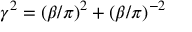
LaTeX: \gamma ^ { 2 } = ( \beta / \pi ) ^ { 2 } + ( \beta / \pi ) ^ { - 2 }